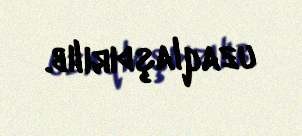
uzaqlaşdırılıb.